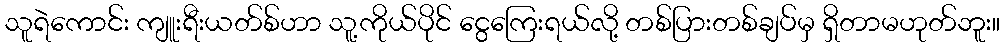
သူရဲကောင်း ကျူးရီးယတ်စ်ဟာ သူ့ကိုယ်ပိုင် ငွေကြေးရယ်လို့ တစ်ပြားတစ်ချပ်မှ ရှိတာမဟုတ်ဘူး။